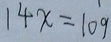
1 4 x = 1 0 9